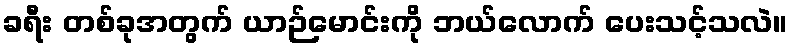
ခရီး တစ်ခုအတွက် ယာဉ်မောင်းကို ဘယ်လောက် ပေးသင့်သလဲ။